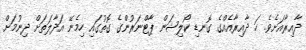
ދާއިރާއަށެވެ. ހަ ދާއިރާއެއްގެ ގޮނޑި ކޯލިޝަން ޕާޓްނަރުންގެ ގޮތުގައި ހިމެނޭ އަދާލަތަށް ދިނުމަށް